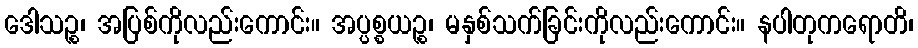
ဒေါသဉ္စ၊ အပြစ်ကိုလည်းကောင်း။ အပ္ပစ္စယဉ္စ၊ မနှစ်သက်ခြင်းကိုလည်းကောင်း။ နပါတုကရောတိ၊